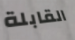
القابلة